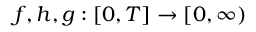
f , h , g : [ 0 , T ] \rightarrow [ 0 , \infty )